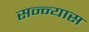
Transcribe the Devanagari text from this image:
सन्न्यास